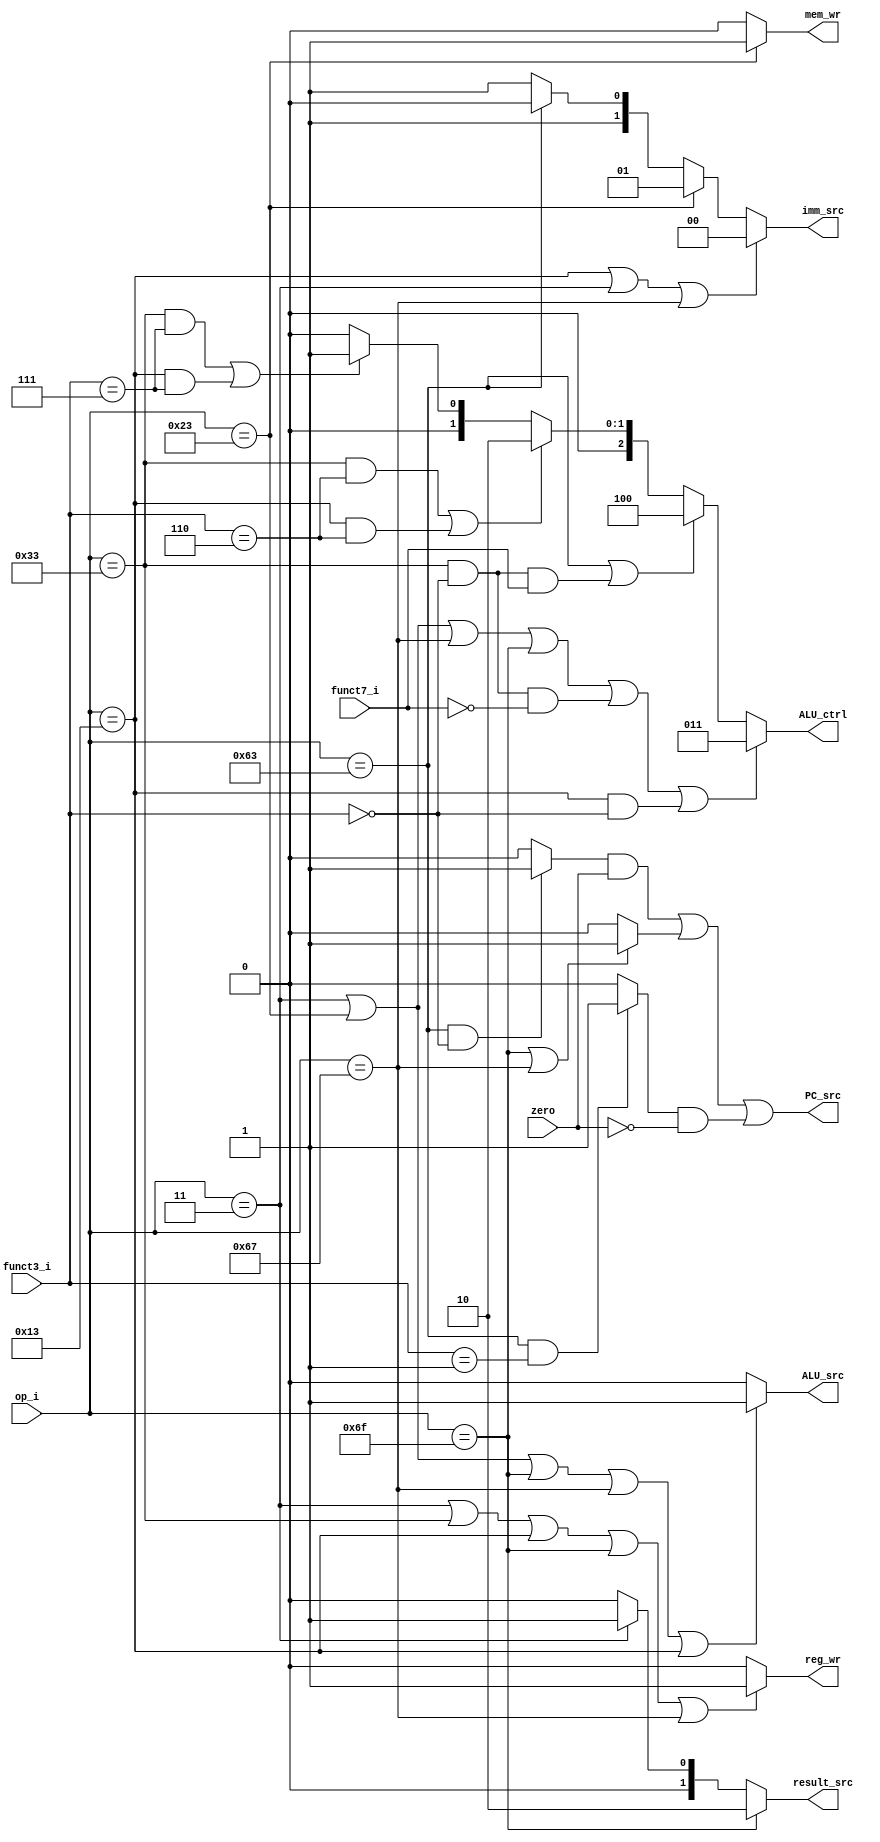
module control_logic (
	input [6:0]		op_i,
	input [2:0]		funct3_i,
	input			funct7_i, zero,

	output			PC_src, mem_wr, ALU_src, reg_wr,
	output [2:0]	ALU_ctrl,
	output [1:0]	imm_src, result_src
);

wire branch, not_branch, jump;
assign branch = (op_i == 7'b1100011 && funct3_i == 3'b000)? 1'b1:1'b0;
assign not_branch = (op_i == 7'b1100011 && funct3_i == 3'b001)? 1'b1:1'b0;
assign jump = (op_i == 7'b1101111 | op_i == 7'b1100111)? 1'b1:1'b0;
assign result_src = (op_i == 7'b1101111)? 2'b10: (op_i == 7'b0000011)? 2'b01: 2'b00;
assign mem_wr = (op_i == 7'b0100011)? 1'b1:1'b0;
assign ALU_src = (op_i == 7'b0000011 | op_i == 7'b0100011 | op_i == 7'b1101111 | op_i == 7'b1100111 | op_i == 7'b0010011)? 1'b1:1'b0;
assign reg_wr = (op_i == 7'b0000011 | op_i == 7'b0110011 | op_i == 7'b0010011 | op_i == 7'b1101111 | op_i == 7'b1100111)? 1'b1:1'b0;
assign imm_src = (op_i == 7'b0010011 | op_i == 7'b0000011 | op_i == 7'b1100111)? 2'b00: (op_i == 7'b0100011)? 2'b01: (op_i == 7'b1100011)? 2'b10:2'b11;
assign ALU_ctrl = (op_i == 7'b0000011 | op_i == 7'b0100011 | op_i == 7'b1100111 | op_i == 7'b1101111 | (op_i == 7'b0110011 && funct3_i == 3'b000 && funct7_i == 1'b0) |
 				  (op_i == 7'b0010011 && funct3_i == 3'b000))? 3'b011: //add
				  (op_i == 7'b1100011 | (op_i == 7'b0110011 && funct3_i == 3'b000 && funct7_i == 1'b1))? 3'b100: //sub
				  ((op_i == 7'b0110011 && funct3_i == 3'b110) | (op_i == 7'b0010011 && funct3_i == 3'b110))? 3'b010: //or
				  ((op_i == 7'b0110011 && funct3_i == 3'b111) | (op_i == 7'b0010011 && funct3_i == 3'b111))? 3'b001: 3'b000;//and
assign PC_src = (branch & zero) | jump | (not_branch & !zero);

specify
(op_i *> result_src) =  (50, 50);
(op_i *> mem_wr) =  (50, 50);
(op_i *> ALU_src) =  (50, 50);
(op_i *> reg_wr) =  (50, 50);
(op_i *> imm_src) =  (50, 50);
(op_i, funct3_i, funct7_i *> ALU_ctrl) =  (50, 50);
(op_i, funct3_i, zero *> PC_src) =  (10, 10);
endspecify

endmodule